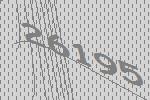
26195